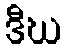
ဒီဃ